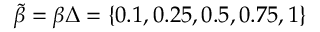
\tilde { \beta } = \beta \Delta = \{ 0 . 1 , 0 . 2 5 , 0 . 5 , 0 . 7 5 , 1 \}